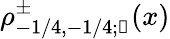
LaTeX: \rho_{-1/4,-1/4;\mathscr{k}}^{\pm}(x)